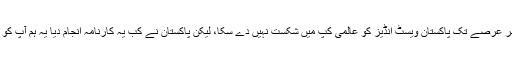
پاکستان کے لیے یہ شکست اتنی مایوس کن تھی کہ پھر عرصے تک پاکستان ویسٹ انڈیز کو عالمی کپ میں شکست نہیں دے سکا، لیکن پاکستان نے کب یہ کارنامہ انجام دیا یہ ہم آپ کو عالمی کپ کے جادوئی لمحات میں ضرور بتائیں گے۔